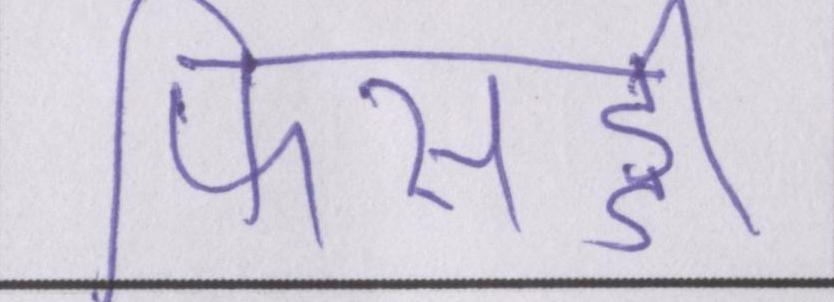
फिसड्डी